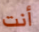
أنت